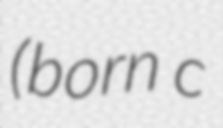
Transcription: (born c